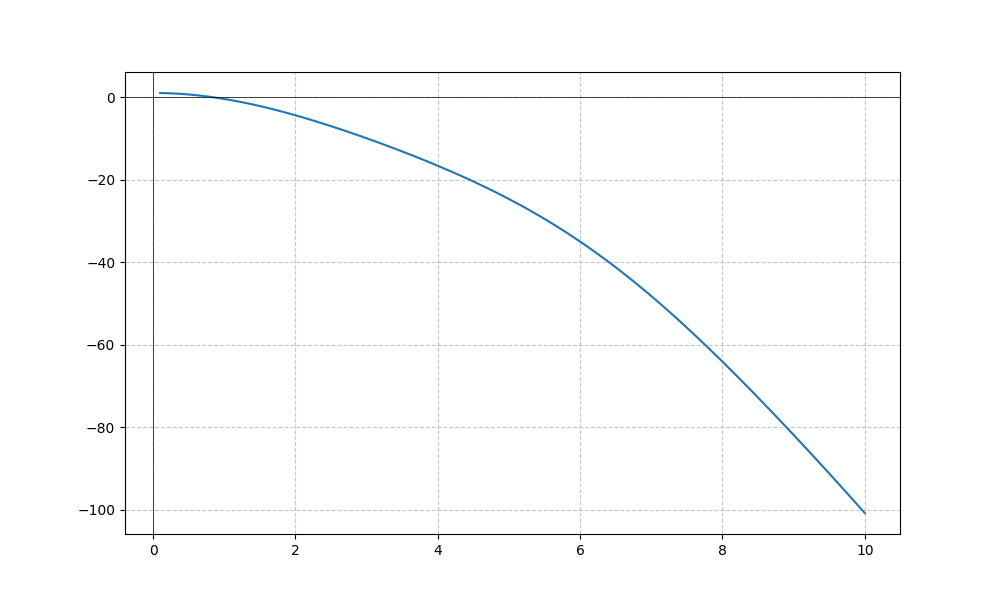
LaTeX formula: - x^{2} + \cos{\left(x \right)}